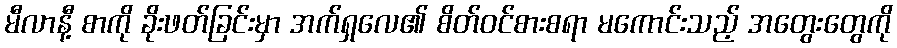
မီလာနီ့ စာကို ခိုးဖတ်ခြင်းမှာ အက်ရှလေ၏ စိတ်ဝင်စားစရာ မကောင်းသည့် အတွေးတွေကို